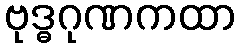
ဗုဒ္ဓဂုဏကထာ